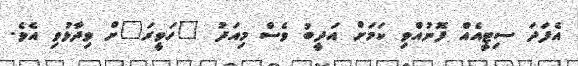
އެފަދަ ސިޓީއެއް ފޮނުއްވި ކަމަށް އަދީބު ވެސް މިއަދު "ހަވީރަ"ށް ވިދާޅުވި އެވެ.